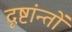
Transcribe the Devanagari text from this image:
दृष्टांन्तों